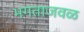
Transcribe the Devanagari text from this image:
भगताजवळ